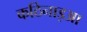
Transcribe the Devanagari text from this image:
कठिनाइआ